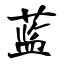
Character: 蓝